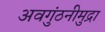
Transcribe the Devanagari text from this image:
अवगुंठनीमुद्रा